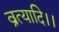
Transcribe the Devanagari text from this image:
व्रत्यादि।।